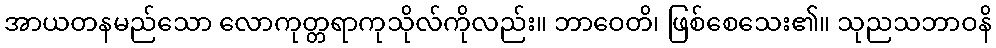
အာယတနမည်သော လောကုတ္တရာကုသိုလ်ကိုလည်း။ ဘာဝေတိ၊ ဖြစ်စေသေး၏။ သုညသဘာဝနိ